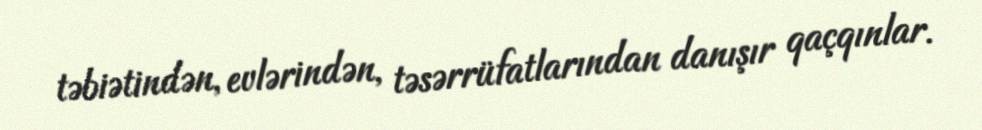
təbiətindən, evlərindən, təsərrüfatlarından danışır qaçqınlar.